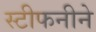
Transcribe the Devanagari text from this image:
स्टीफनीने